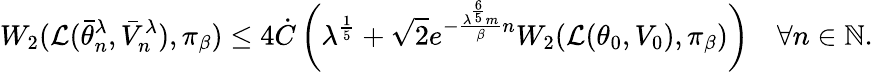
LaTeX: W_{2}(\mathcal{L}(\bar{\theta}_{n}^{\lambda},\bar{V}_{n}^{\lambda}),\pi_{\beta})\leq 4\dot{C}\left(\lambda^{\frac{1}{5}}+\sqrt{2}e^{-\frac{\lambda^{\frac{6}{5}}m}{\beta}n}W_{2}(\mathcal{L}(\theta_{0},V_{0}),\pi_{\beta})\right)\quad\forall n\in\mathbb{N}.